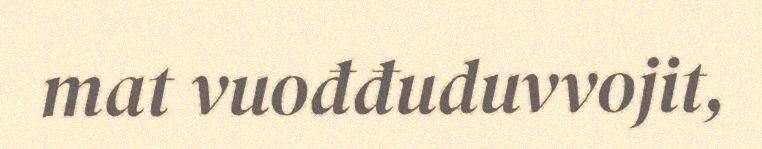
mat vuođđuduvvojit,